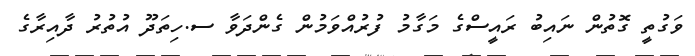
ވަގުތީ ގޮތުން ނައިބު ރައީސްގެ މަގާމު ފުރުއްވަމުން ގެންދަވާ ސ.ހިތަދޫ އުތުރު ދާއިރާގެ